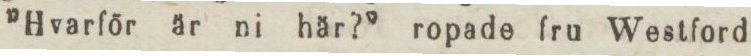
”Hvarför är ni här?” ropade fru Westford.